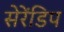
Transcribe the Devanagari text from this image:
सेरेंडिप